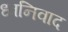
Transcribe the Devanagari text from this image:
ध्वनिवाद